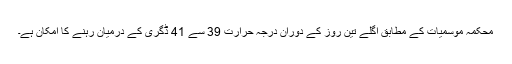
محکمہ موسمیات کے مطابق اگلے تین روز کے دوران درجہ حرارت 39 سے 41 ڈگری کے درمیان رہنے کا امکان ہے۔